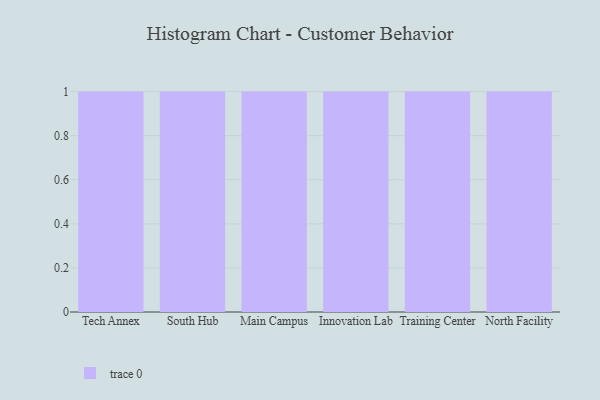
{"axis": {"x": "Campus", "y": "Headcount"}, "legend": [""], "data": [{"x": "Tech Annex", "y": 45, "type": ""}, {"x": "South Hub", "y": 44, "type": ""}, {"x": "Main Campus", "y": 82, "type": ""}, {"x": "Innovation Lab", "y": 91, "type": ""}, {"x": "Training Center", "y": 3, "type": ""}, {"x": "North Facility", "y": 54, "type": ""}]}